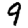
Digit: 9